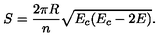
S = \frac { 2 \pi R } { n } \sqrt { E _ { c } ( E _ { c } - 2 E ) } .